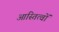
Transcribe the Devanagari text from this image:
आस्तित्वों